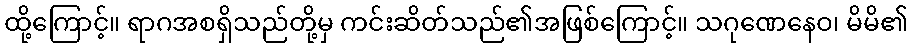
ထို့ကြောင့်။ ရာဂအစရှိသည်တို့မှ ကင်းဆိတ်သည်၏အဖြစ်ကြောင့်။ သဂုဏေနေဝ၊ မိမိ၏